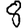
Digit: 8